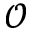
\mathcal { O }